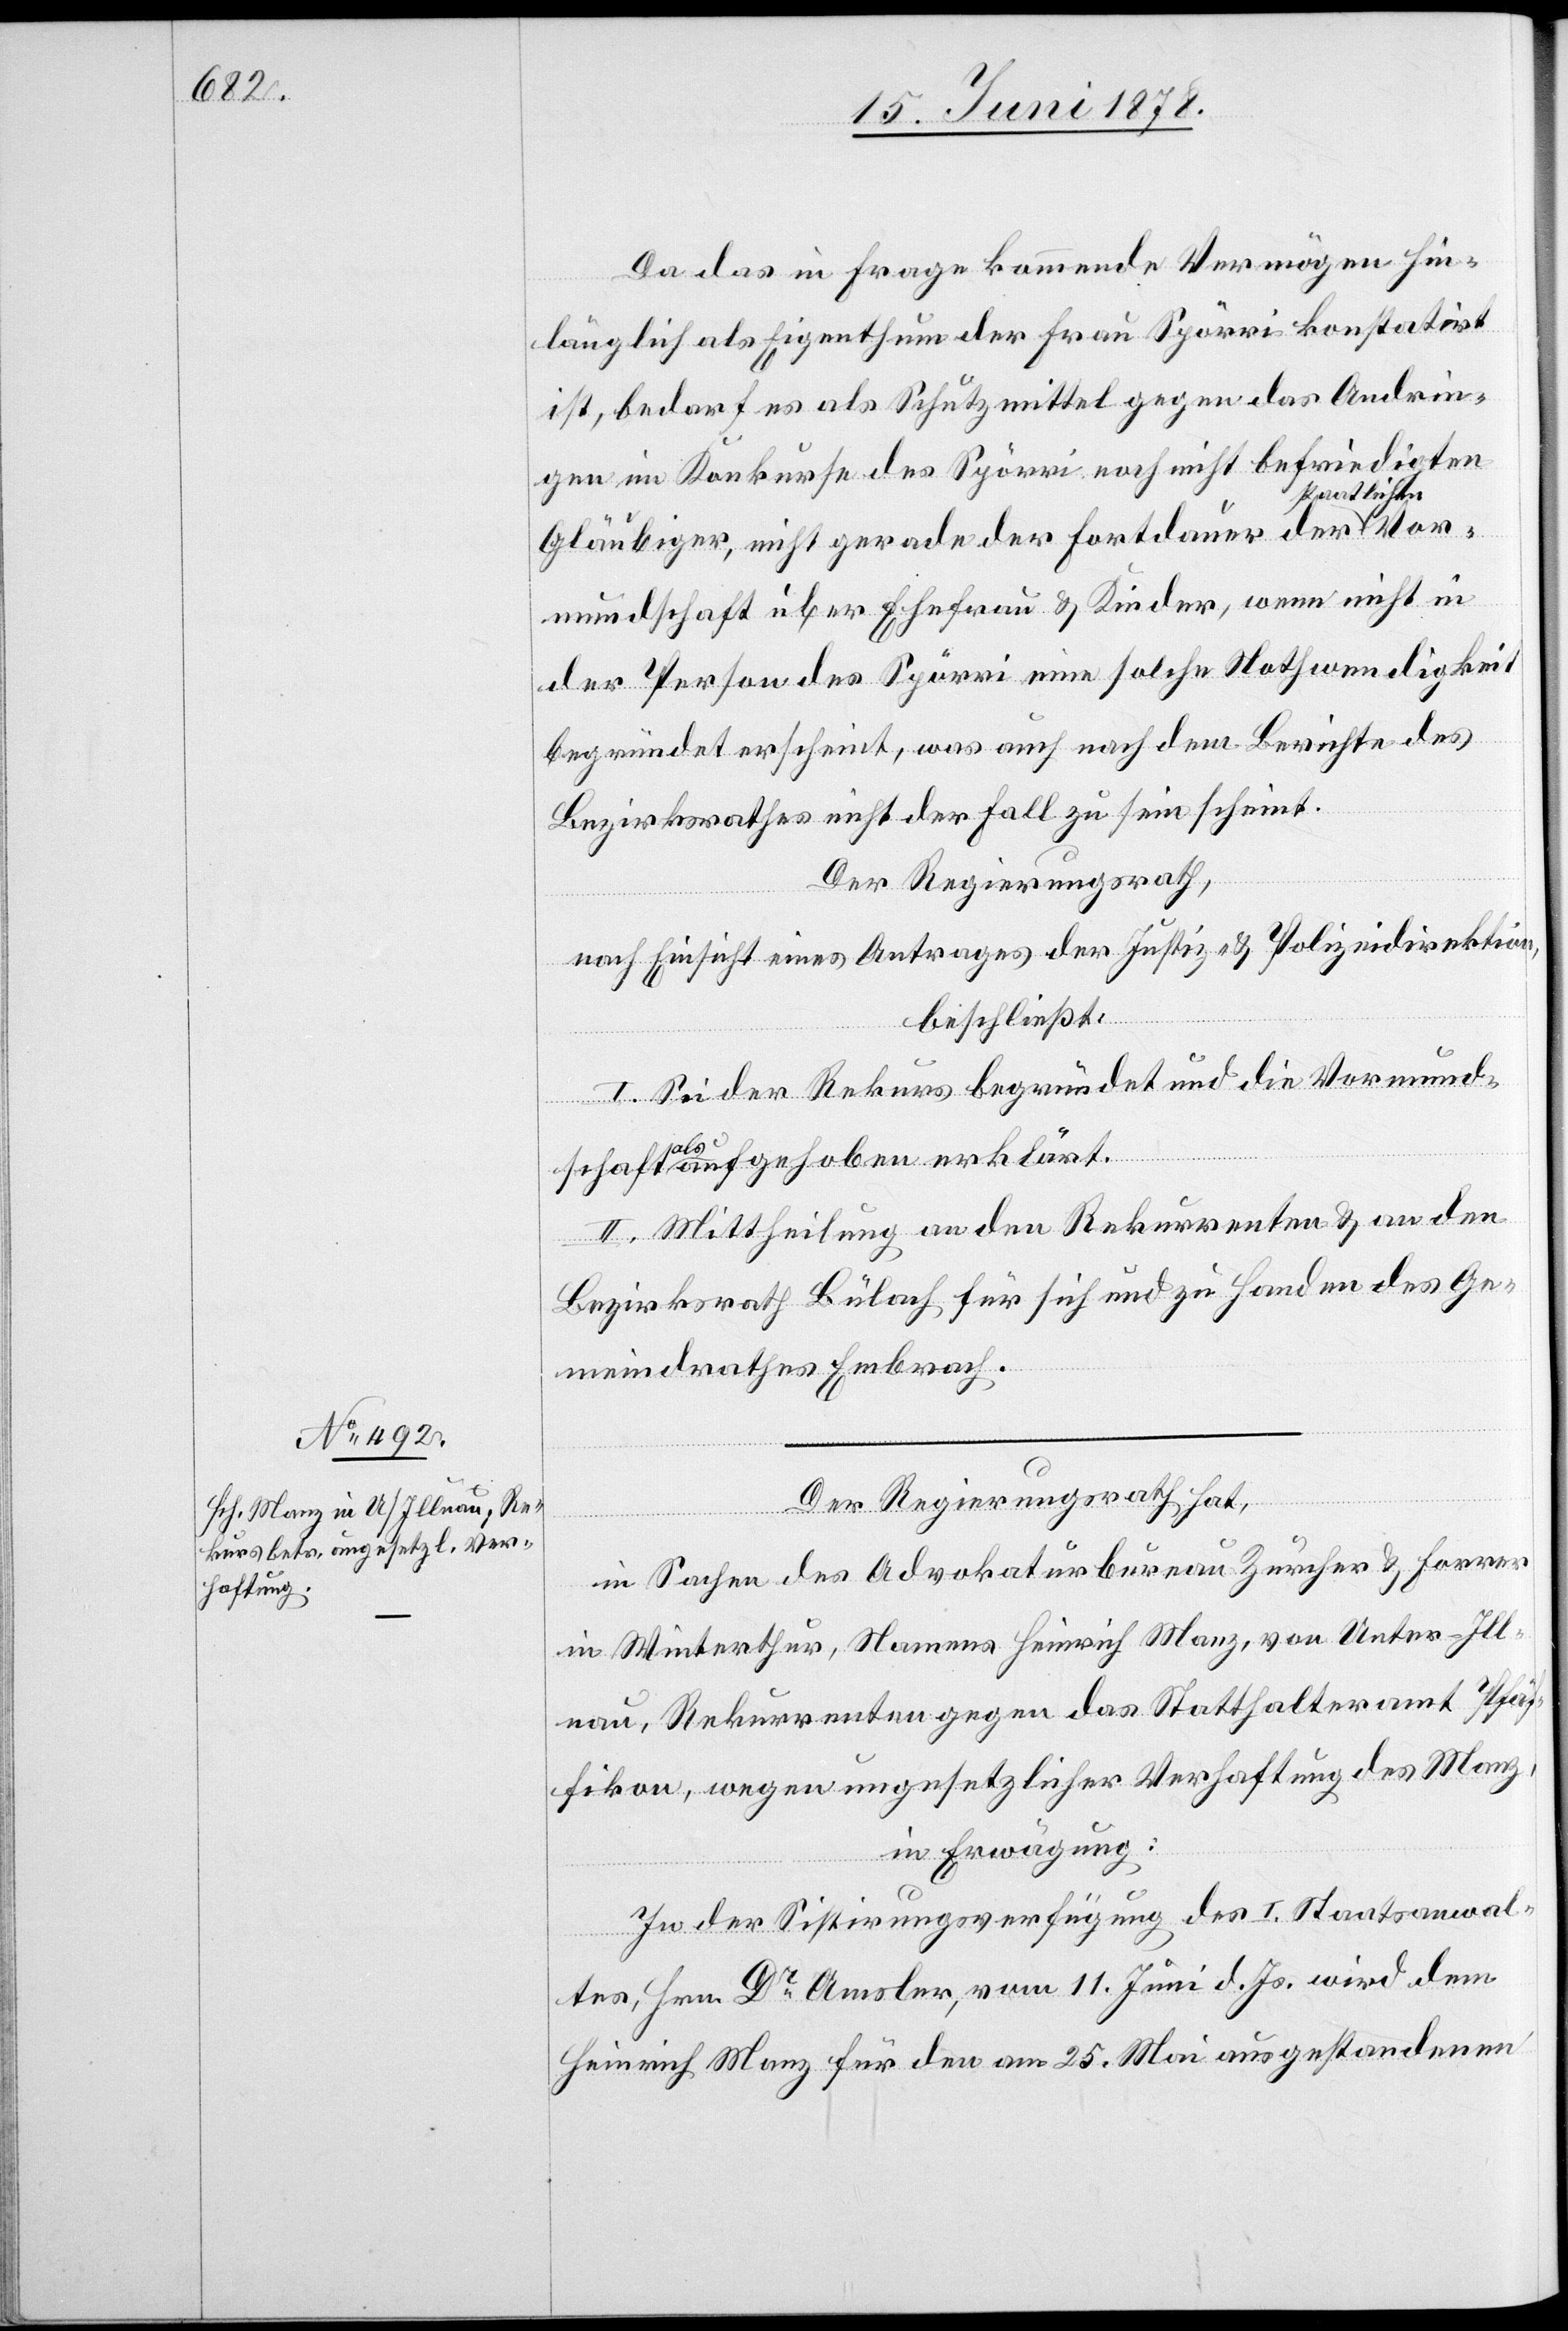
Vor¬

Da das in Frage kommende Vermögen hin¬
länglich als Eigenthum der Frau Spörri konstatirt
ist, bedarf es als Schutzmittel gegen das Andrin¬
gen im Konkurse des Spörri noch nicht befriedigten
taatlichen
Gläubiger, nicht gerade der Fortdauer der s¬
mundschaft über Ehefrau & Kinder, wenn nicht in
der Person des Spörri eine solche Nothwendigkeit
begründet erscheint, was auch nach dem Berichte des
Bezirksrathes nicht der Fall zu sein scheint.
Der Regierungsrath,
nach Einsicht eines Antrages der Justiz- & Polizeidirektion,
beschließt:
I. Sei der Rekurs begründet und die Vormund¬
schaft als aufgehoben erklärt.
II. Mittheilung an den Rekurrenten & an den
Bezirksrath Bülach für sich und zu Handen des Ge¬
meindrathes Embrach.
Der Regierungsrath hat,
in Sachen des Advokaturbureau Zürcher & Forrer
in Winterthur, Namens Heinrich Manz, von Unter-Ill¬
nau, Rekurrenten gegen das Statthalteramt Pfäf¬
fikon, wegen ungesetzlicher Verhaftung des Manz,
in Erwägung:
In der Sistirungsverfügung des I. Staatsanwal¬
tes, Hrn. Dr Amsler, vom 11. Juni d. Js. wird dem
Heinrich Manz für den am 25. Mai ausgestandenen